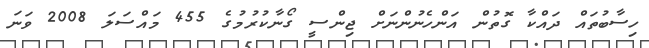
ހިސާބުތައް ދައްކާ ގޮތުން އަންހެނުންނަށް ޖިންސީ ގޯނާކުރުމުގެ 455 މައްސަލަ 2008 ވަނަ